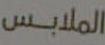
الملابس